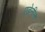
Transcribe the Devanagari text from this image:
एडेनीन